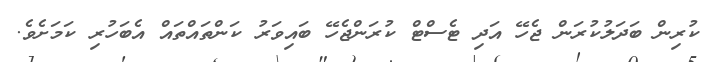
ކުރިން ބަދަލުކުރަން ޖެހޭ އަދި ޓެސްޓް ކުރަންޖެހޭ ބައިވަރު ކަންތައްތައް އެބަހުރި ކަމަށެވެ.